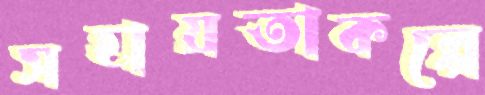
সহায়তাকল্পে